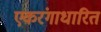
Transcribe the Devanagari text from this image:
एकरंगाधारित